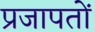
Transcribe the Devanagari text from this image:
प्रजापतों